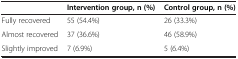
<table><thead><tr><td><b> </b></td><td><b>Intervention group, n (%)</b></td><td><b>Control group, n (%)</b></td></tr></thead><tbody><tr><td>Fully recovered</td><td>55 (54.4%)</td><td>26 (33.3%)</td></tr><tr><td>Almost recovered</td><td>37 (36.6%)</td><td>46 (58.9%)</td></tr><tr><td>Slightly improved</td><td>7 (6.9%)</td><td>5 (6.4%)</td></tr></tbody></table>